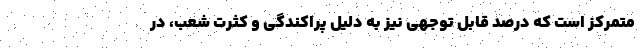
متمرکز است که درصد قابل توجهی نیز به دلیل پراکندگی و کثرت شعب، در